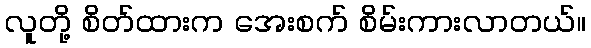
လူတို့ စိတ်ထားက အေးစက် စိမ်းကားလာတယ်။